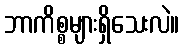
ဘာကိစ္စများရှိသေးလဲ။